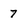
Character: 7